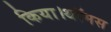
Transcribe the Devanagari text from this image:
किया।थॉमस